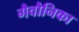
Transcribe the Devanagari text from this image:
गैवौनिका